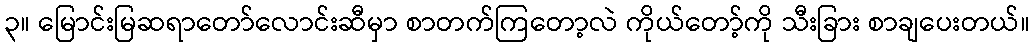
၃။ မြောင်းမြဆရာတော်လောင်းဆီမှာ စာတက်ကြတော့လဲ ကိုယ်တော့်ကို သီးခြား စာချပေးတယ်။